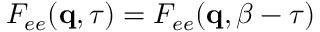
F _ { e e } ( \mathbf { q } , \tau ) = F _ { e e } ( \mathbf { q } , \beta - \tau )